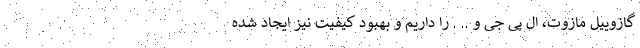
گازوییل مازوت، ال پی جی و .. . را داریم و بهبود کیفیت نیز ایجاد شده